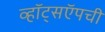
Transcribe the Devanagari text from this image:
व्हॉट्सऍपची